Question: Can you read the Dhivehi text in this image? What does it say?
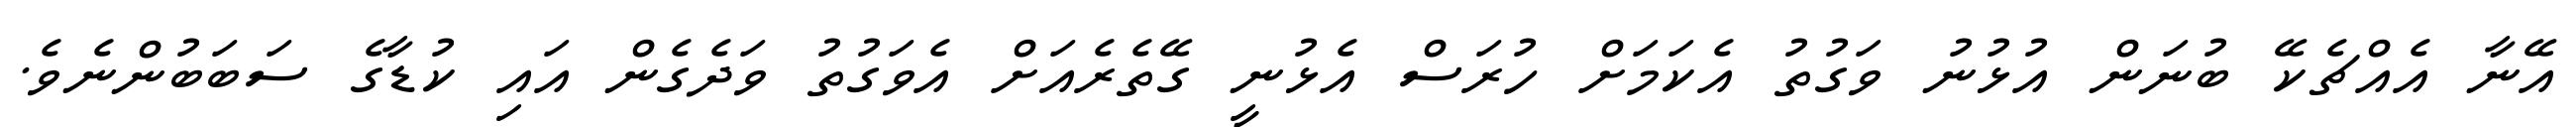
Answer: އޭނާ އެއްޗެކޭ ބުނަން އުޅުނު ވަގުތު އެކަމަށް ހުރަސް އެޅުނީ ގޭތެރެއަށް އެވަގުތު ވަދެގެން އައި ކުޑާގެ ސަބަބުންނެވެ.